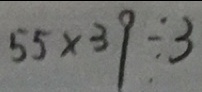
5 5 \times 3 9 \div 3